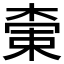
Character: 𬃭